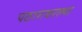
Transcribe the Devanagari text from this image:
पठारावरल्या